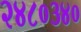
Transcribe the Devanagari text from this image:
२४८०३४०